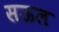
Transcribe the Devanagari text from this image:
सऊल